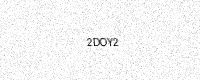
Text: 2DOY2